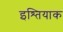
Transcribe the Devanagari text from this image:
इश्तियाक